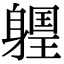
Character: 𨉽